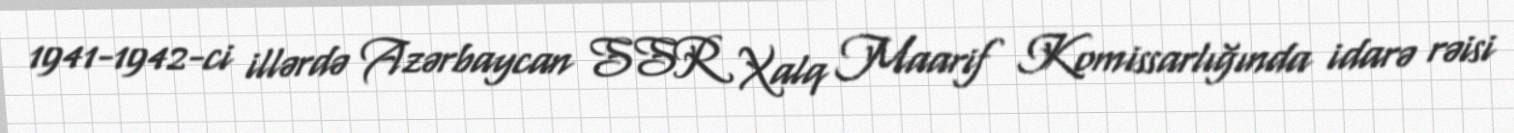
1941-1942-ci illərdə Azərbaycan SSR Xalq Maarif Komissarlığında idarə rəisi